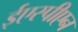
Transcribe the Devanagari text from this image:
ईएस्पीएन